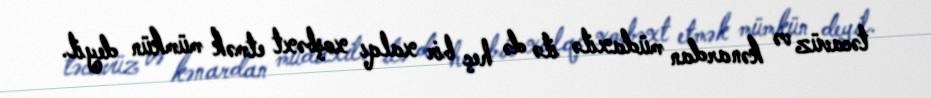
təcavüz və kənardan müdaxilə ilə də heç bir xalqı xoşbəxt etmək mümkün deyil.